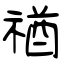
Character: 禉